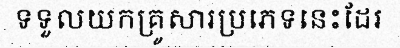
ទទួលយកគ្រូសារប្រភេទនេះដែរ